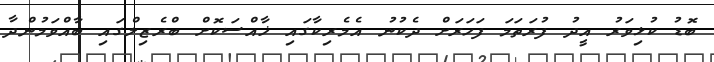
ބޮޑު ކުޅިވަރު އީދު ފުރަތަމަ ފަހަރަށް ދެކުނު އެމެރިކާގައި ޚާއްސަކޮށް ބްރެޒިލްގައި ބާއްވަމުންދާ